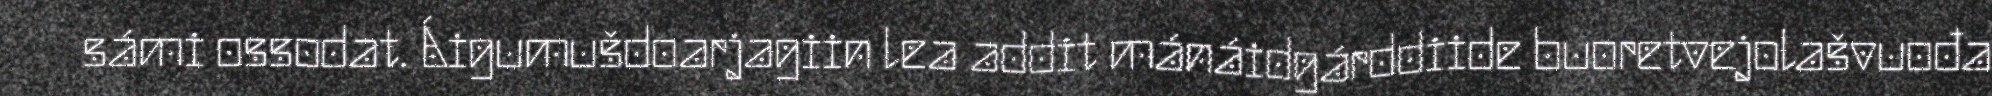
sámi ossodat. Áigumušdoarjagiin lea addit mánáidgárddiide buoretvejolašvuođa